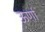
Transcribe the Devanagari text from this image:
ऊर्णा